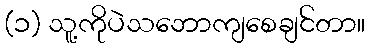
(၁) သူ့ကိုပဲသဘောကျစေချင်တာ။